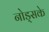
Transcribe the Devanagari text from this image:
नोड्सके